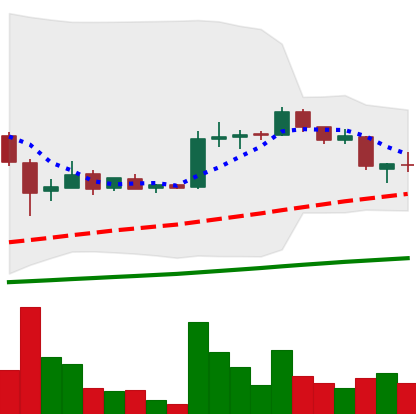
Ticker: LTC-USD
Chart end date: 2015-08-03
Forward return: -7.386%
Label: down_7plus